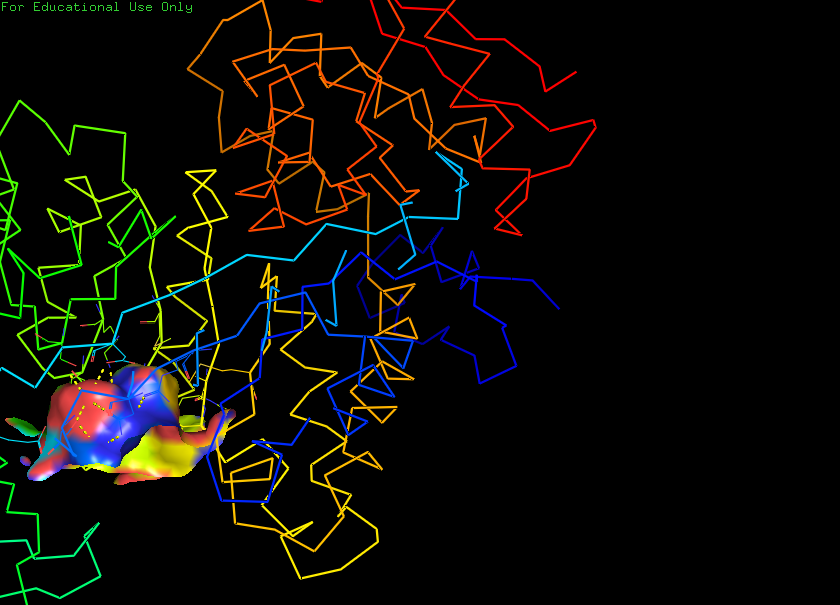
pymol, preset, ligand_sites